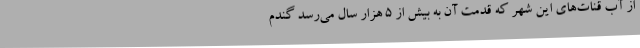
از آب قنات‌های این شهر که قدمت آن به بیش از 5 هزار سال می‌رسد گندم